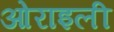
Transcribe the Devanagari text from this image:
ओराइली